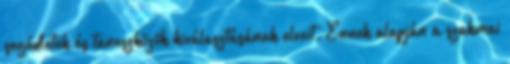
segédletek és taneszközök kiválasztásának elveit. Ennek alapján a szakmai